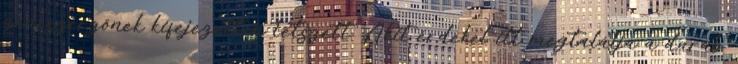
zeneszerzőnek kifejezetten tetszett. Akit érdekel itt megtalálja a darab